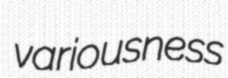
variousness